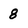
Character: 8